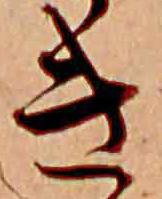
き